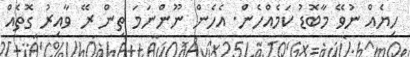
ހިޔެއް ނުވޭ މާބޮޑު ކަމެއްހެން. އެހެން ނޫންނަމަ ތިން ރޭ ވާއިރު ގޮތެއް